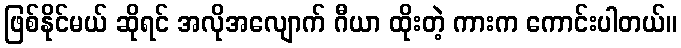
ဖြစ်နိုင်မယ် ဆိုရင် အလိုအလျောက် ဂီယာ ထိုးတဲ့ ကားက ကောင်းပါတယ်။